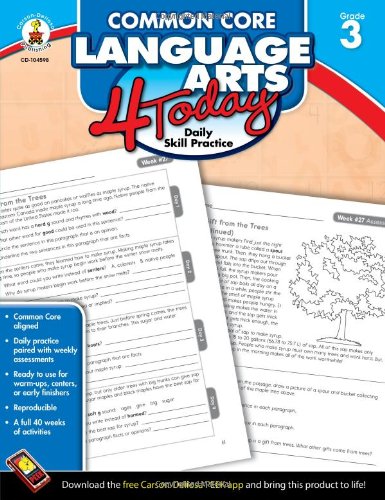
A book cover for Common Core Language Arts 4 Today, Grade 3: Daily Skill Practice (Common Core 4 Today); Education & Teaching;